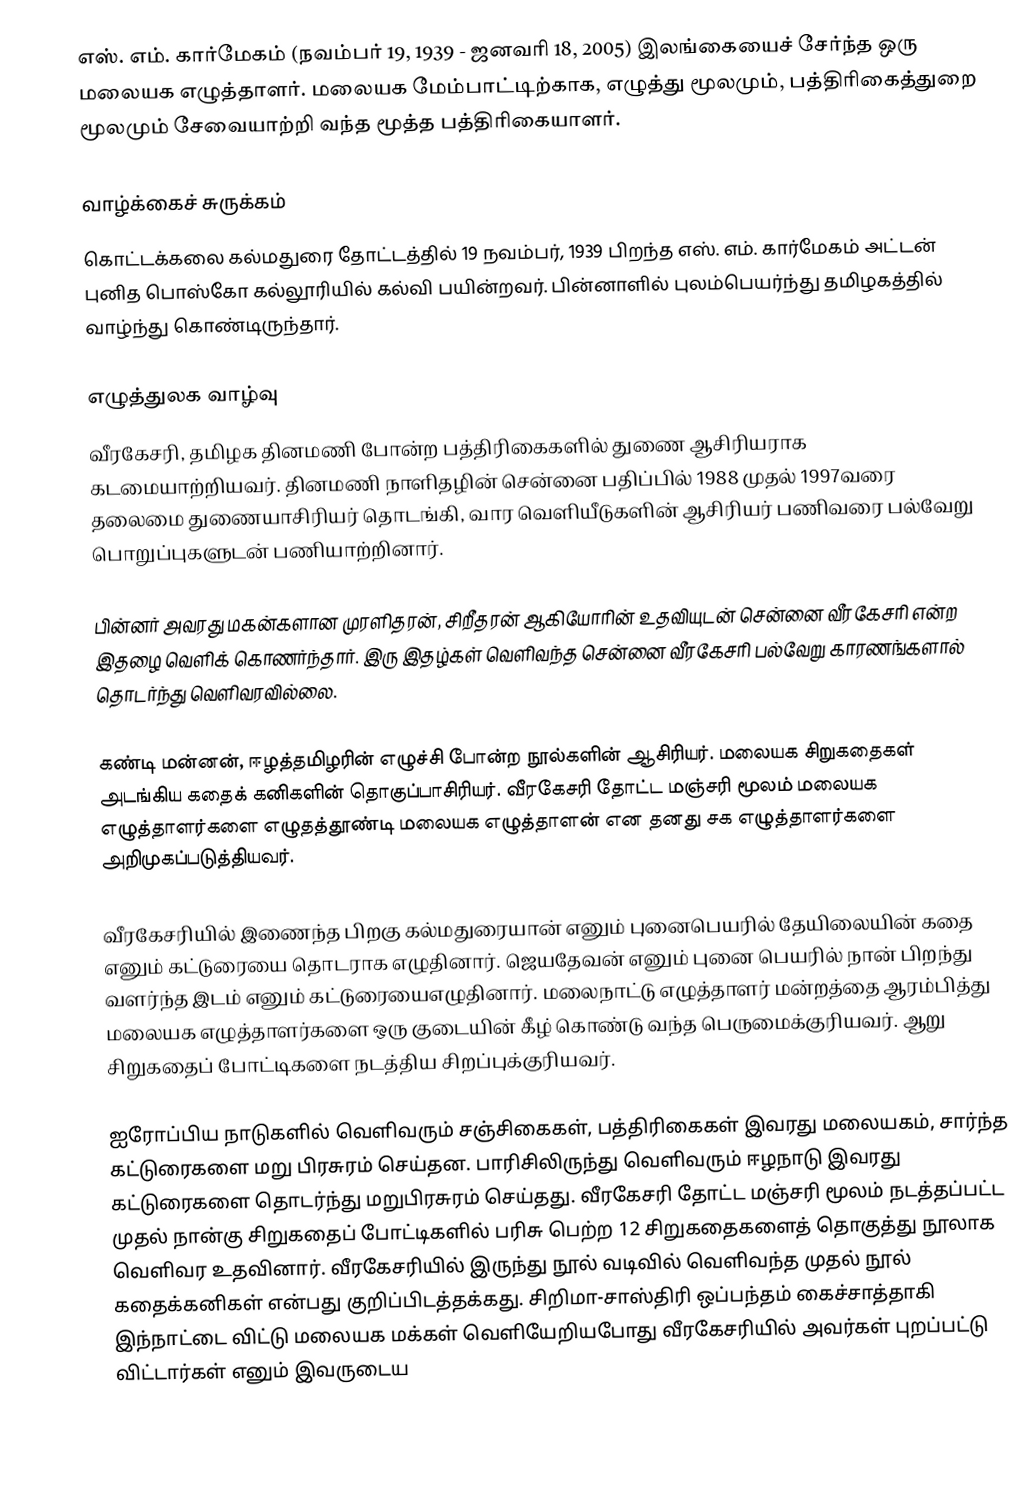
எஸ். எம். கார்மேகம் (நவம்பர் 19, 1939 - ஜனவரி 18, 2005) இலங்கையைச் சேர்ந்த ஒரு மலையக எழுத்தாளர். மலையக மேம்பாட்டிற்காக, எழுத்து மூலமும், பத்திரிகைத்துறை மூலமும் சேவையாற்றி வந்த மூத்த பத்திரிகையாளர்.

வாழ்க்கைச் சுருக்கம்
கொட்டக்கலை  கல்மதுரை  தோட்டத்தில் 19 நவம்பர், 1939 பிறந்த எஸ். எம். கார்மேகம்  அட்டன் புனித பொஸ்கோ கல்லூரியில் கல்வி பயின்றவர். பின்னாளில் புலம்பெயர்ந்து தமிழகத்தில் வாழ்ந்து கொண்டிருந்தார்.

எழுத்துலக வாழ்வு
வீரகேசரி, தமிழக தினமணி போன்ற பத்திரிகைகளில் துணை ஆசிரியராக கடமையாற்றியவர். தினமணி நாளிதழின்  சென்னை பதிப்பில் 1988 முதல் 1997வரை தலைமை துணையாசிரியர் தொடங்கி, வார வெளியீடுகளின் ஆசிரியர் பணிவரை பல்வேறு பொறுப்புகளுடன் பணியாற்றினார்.

பின்னர் அவரது மகன்களான முரளிதரன், சிறீதரன் ஆகியோரின் உதவியுடன் சென்னை வீரகேசரி என்ற இதழை வெளிக் கொணர்ந்தார். இரு இதழ்கள் வெளிவந்த சென்னை வீரகேசரி பல்வேறு காரணங்களால் தொடர்ந்து வெளிவரவில்லை.

கண்டி மன்னன், ஈழத்தமிழரின் எழுச்சி போன்ற நூல்களின் ஆசிரியர். மலையக சிறுகதைகள் அடங்கிய கதைக் கனிகளின் தொகுப்பாசிரியர். வீரகேசரி தோட்ட மஞ்சரி மூலம் மலையக எழுத்தாளர்களை எழுதத்தூண்டி மலையக எழுத்தாளன் என தனது சக எழுத்தாளர்களை அறிமுகப்படுத்தியவர்.

வீரகேசரியில் இணைந்த பிறகு கல்மதுரையான் எனும் புனைபெயரில் தேயிலையின் கதை எனும் கட்டுரையை தொடராக எழுதினார். ஜெயதேவன் எனும் புனை பெயரில் நான் பிறந்து வளர்ந்த இடம் எனும் கட்டுரையைஎழுதினார். மலைநாட்டு எழுத்தாளர் மன்றத்தை ஆரம்பித்து மலையக எழுத்தாளர்களை ஒரு குடையின் கீழ் கொண்டு வந்த பெருமைக்குரியவர். ஆறு சிறுகதைப் போட்டிகளை நடத்திய சிறப்புக்குரியவர்.

ஐரோப்பிய நாடுகளில் வெளிவரும் சஞ்சிகைகள், பத்திரிகைகள் இவரது மலையகம், சார்ந்த கட்டுரைகளை மறு பிரசுரம் செய்தன. பாரிசிலிருந்து வெளிவரும் ஈழநாடு இவரது கட்டுரைகளை தொடர்ந்து மறுபிரசுரம் செய்தது. வீரகேசரி தோட்ட மஞ்சரி மூலம் நடத்தப்பட்ட முதல் நான்கு சிறுகதைப் போட்டிகளில் பரிசு பெற்ற 12 சிறுகதைகளைத் தொகுத்து நூலாக வெளிவர உதவினார். வீரகேசரியில் இருந்து நூல் வடிவில் வெளிவந்த முதல் நூல் கதைக்கனிகள் என்பது குறிப்பிடத்தக்கது. சிறிமா-சாஸ்திரி ஒப்பந்தம் கைச்சாத்தாகி இந்நாட்டை விட்டு மலையக மக்கள் வெளியேறியபோது வீரகேசரியில் அவர்கள் புறப்பட்டு விட்டார்கள் எனும் இவருடைய